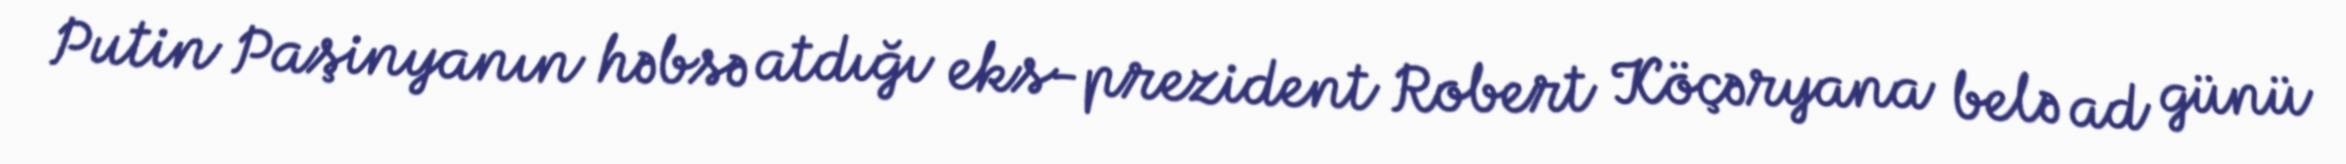
Putin Paşinyanın həbsə atdığı eks-prezident Robert Köçəryana belə ad günü